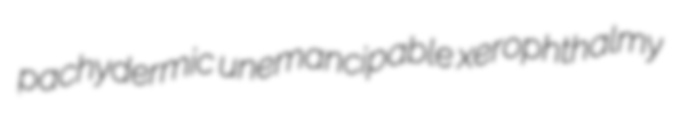
pachydermic unemancipable xerophthalmy